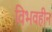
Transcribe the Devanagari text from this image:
विभवहीन